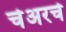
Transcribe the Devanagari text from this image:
चेअरचे